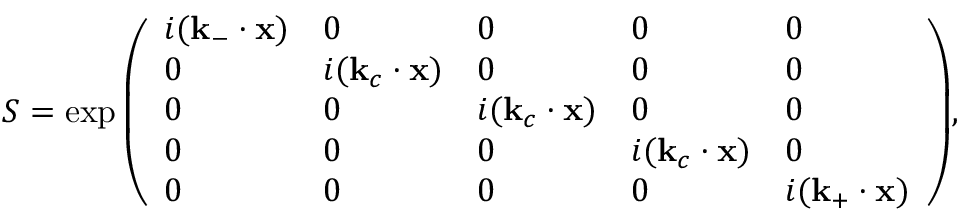
S = \exp { \left( \begin{array} { l l l l l } { i ( \mathbf { k } _ { - } \cdot \mathbf { x } ) } & { 0 } & { 0 } & { 0 } & { 0 } \\ { 0 } & { i ( \mathbf { k } _ { c } \cdot \mathbf { x } ) } & { 0 } & { 0 } & { 0 } \\ { 0 } & { 0 } & { i ( \mathbf { k } _ { c } \cdot \mathbf { x } ) } & { 0 } & { 0 } \\ { 0 } & { 0 } & { 0 } & { i ( \mathbf { k } _ { c } \cdot \mathbf { x } ) } & { 0 } \\ { 0 } & { 0 } & { 0 } & { 0 } & { i ( \mathbf { k } _ { + } \cdot \mathbf { x } ) } \end{array} \right) } ,